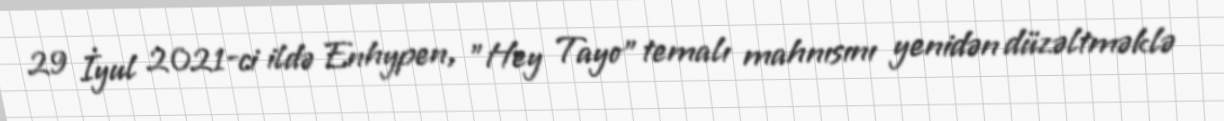
29 İyul 2021-ci ildə Enhypen, "Hey Tayo" temalı mahnısını yenidən düzəltməklə